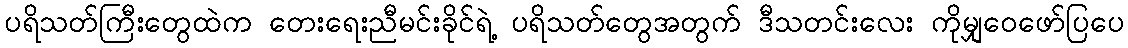
ပရိသတ်ကြီးတွေထဲက တေးရေးညီမင်းခိုင်ရဲ့ ပရိသတ်တွေအတွက် ဒီသတင်းလေး ကိုမျှဝေဖော်ပြပေ